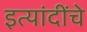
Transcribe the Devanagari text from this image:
इत्यांदींचे